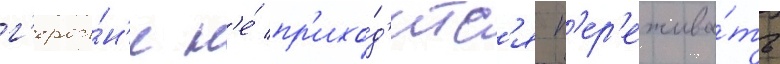
г'ерои́н'е н'е́ пр'ихо́д'итс'я п'ер'ежива́ть